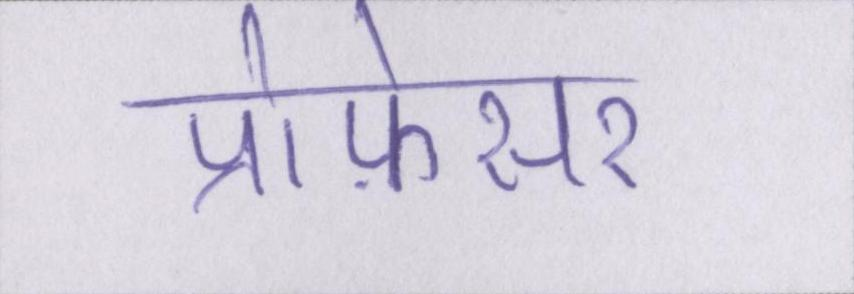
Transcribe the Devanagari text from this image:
प्रोफ़ेसर